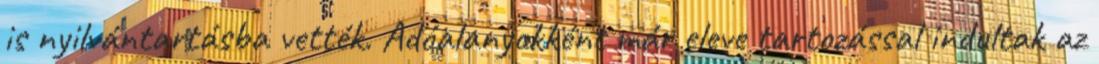
is nyilvántartásba vették. Adóalanyokként már eleve tartozással indultak az